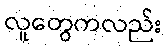
လူတွေကလည်း